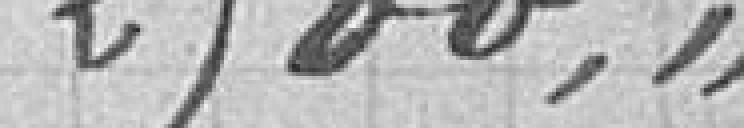
2.500,00